Lunatic asylums in Bengal annual reports 1888-1898 - 1888-1898
Year: 1888
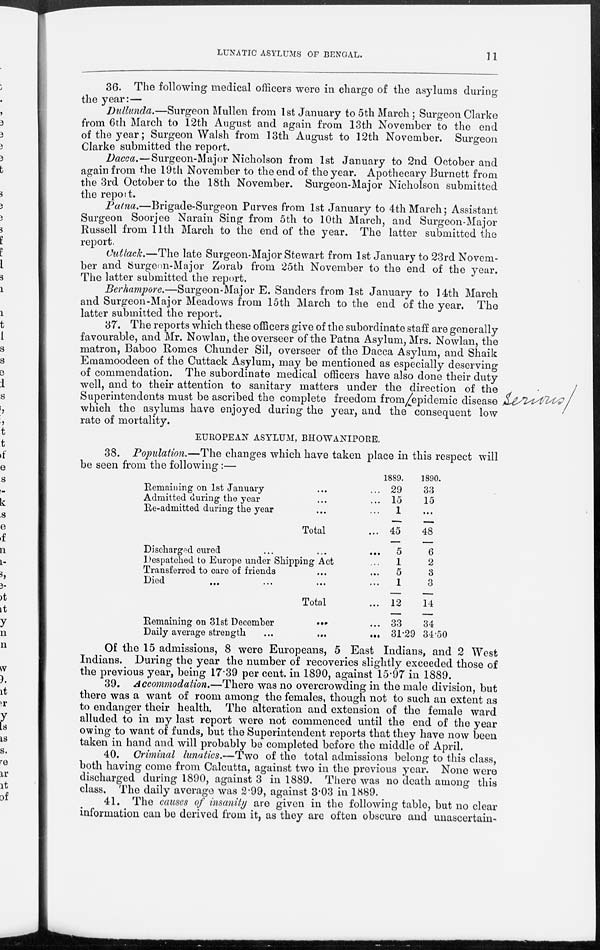
LUNATIC ASYLUMS OF BENGAL.
11
36. The following medical officers were in charge of the asylums during
the year:—
Dullunda.—Surgeon Mullen from 1st January to 5th March; Surgeon Clarke
from 6th March to 12th August and again from 13th November to the end
of the year; Surgeon Walsh from 13th August to 12th November. Surgeon
Clarke submitted the report.
Dacca.—Surgeon-Major Nicholson from 1st January to 2nd October and
again from the 19th November to the end of the year. Apothecary Burnett from
the 3rd October to the 18th November. Surgeon-Major Nicholson submitted
the report.
Patna.—Brigade-Surgeon
Purves from 1st January to 4th March; Assistant
Surgeon Soorjee Narain Sing from 5th to 10th March, and Surgeon-Major
Russell from 11th March to the end of the year. The latter submitted the
report.
Cuttack.—The late Surgeon-Major Stewart from 1st January to 23rd Novem-
ber and Surgeon-Major Zorab from 25th November to the end of the year.
The latter submitted the report.
Berhampore.—Surgeon-Major E. Sanders from 1st January to 14th March
and Surgeon-Major Meadows from 15 th March to the end of the year. The
latter submitted the report.
37. The reports which these officers give of the subordinate staff are generally
favourable, and Mr. Nowlan, the overseer of the Patna Asylum, Mrs. Nowlan, the
matron, Baboo Romes Chunder Sil, overseer of the Dacca Asylum, and Shaik
Emamoodeen of the Cuttack Asylum, may be mentioned as especially deserving
of commendation. The subordinate medical officers have also done their duty
well, and to their attention to sanitary matters under the direction of the
Superintendents must be ascribed the complete freedom from/epidemic disease
which the asylums have enjoyed during the year, and the consequent low
rate of mortality.
EUROPEAN ASYLUM, BHOWANIPORE.
38. Population.—The changes which have taken place in this respect will
be seen from the following:—
Remaining on 1st January ... ... ...
Admitted during the year ... ... ...
Re-admitted during the year ... ...
Total ...
Discharged cured
...
...
...
Despatched to Europe under Shipping Act ...
Transferred to care of friends ... ...
Died
... ... ... ...
Total ... ... ...
Remaining on 31st December ...
...
Daily average strength
...
...
...
1889.
29
15
1
45
5
1
5
1
12
33
31.29
1890.
33
15
...
48
6
2
3
3
14
34
34.50
Of the 15 admissions, 8 were Europeans, 5 East Indians, and 2 West
Indians. During the year the number of recoveries slightly exceeded those of
the previous year, being 17.39 per cent. in 1890, against 15.97 in 1889.
39. Accommodation.—There was no overcrowding in the male division, but
there was a want of room among the females, though not to such an extent as
to endanger their health. The alteration and extension of the female ward
alluded to in my last report were not commenced until the end of the year
owing to want of funds, but the Superintendent reports that they have now been
taken in hand and will probably be completed before the middle of April.
40. Criminal lunatics.—Two of the total admissions belong to this class,
both having come from Calcutta, against two in the previous year. None were
discharged during 1890, against 3 in 1889. There was no death among this
class. The daily average was 2.99, against 3.03 in 1889.
41. The causes of insanity are given in the following table, but no clear
information can be derived from it, as they are often obscure and unascertain-